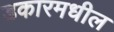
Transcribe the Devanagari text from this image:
डकारमधील